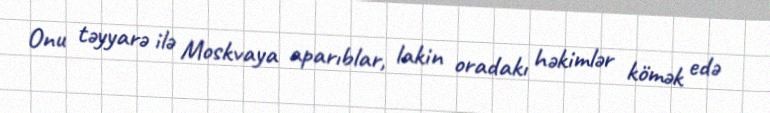
Onu təyyarə ilə Moskvaya aparıblar, lakin oradakı həkimlər kömək edə